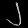
Digit: ၂